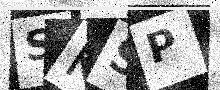
Text: SKSP